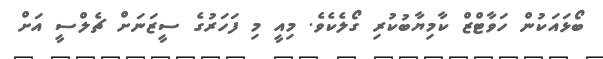
ބޯޅައަކުން ހަވާޓްޒް ކާމިޔާބުކުރި ގޯލެކެވެ. މިއީ މި ފަހަރުގެ ސީޒަނަށް ޗެލްސީ އަށް